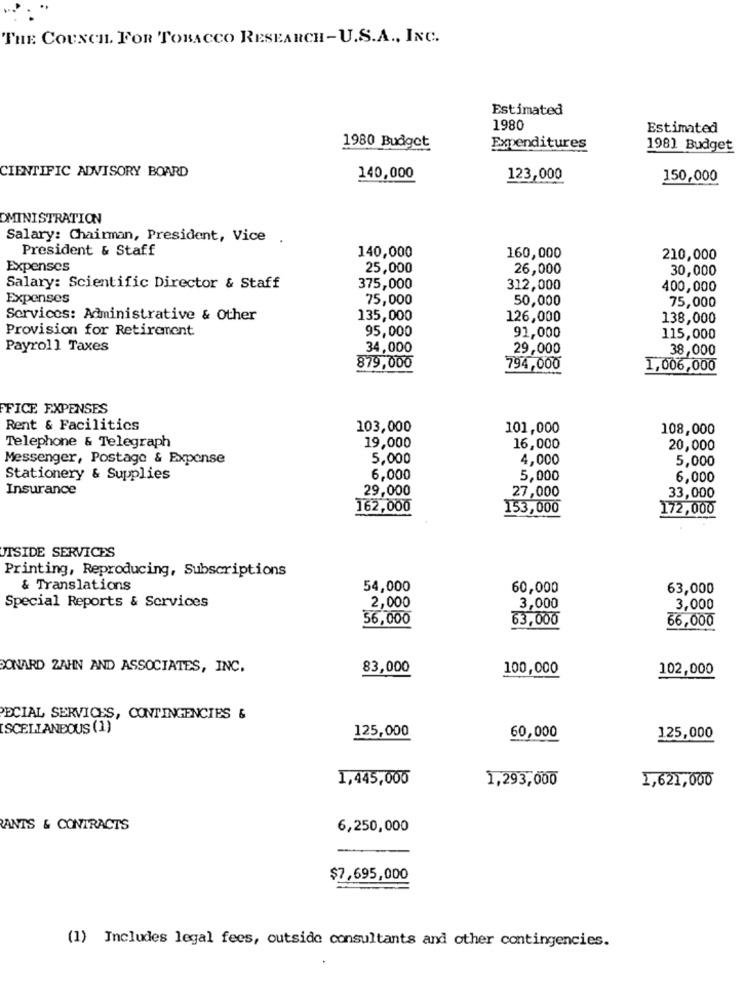
THE COUNCIL. FOR TOBACCO RESEARCH-U.S.A ., INC.
Estimated
1980
Estimated
1980 Budget
Expenditures
1981 Budget
CIENTIFIC ADVISORY BOARD
140,000
123,000
150,000
DMINISTRATION
Salary: Chairman, President, Vice
President & Staff
140,000
160,000
210,000
Expenses
25,000
26,000
30,000
Salary: Scientific Director & Staff
375,000
312,000
400,000
Expenses
75,000
50,000
75,000
Services: Administrative & Other
135,000
126,000
138,000
Provision for Retirement
95,000
91,000
115,000
Payroll Taxes
34,000
29,000
38,000
879,000
794,000
1,006,000
FFICE EXPENSES
Rent & Facilitics
103,000
101,000
108,000
Telephone & Telegraph
19,000
16,000
20,000
Messenger, Postage & Expense
5,000
4,000
5,000
Stationery & Supplies
6.000
5,000
6,000
Insurance
29,000
27,000
33,000
162,000
153,000
172,000
UTSIDE SERVICES
Printing, Reproducing, Subscriptions
& Translations
54,000
60,000
63,000
Special Reports & Services
2,000
3,000
3,000
56,000
63,000
66,000
BONARD ZAHN AND ASSOCIATES, INC.
83,000
100,000
102,000
PECIAL SERVICES, CONTINGENCIES &
ISCELLANEOUS (1)
125,000
60,000
125,000
1,445,000
1,293,000
1,621,000
ANTS & CONTRACTS
6,250,000
$7,695,000
(1) Includes legal fees, outside consultants and other contingencies.